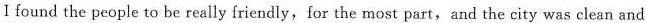
I found the people to be really friendly,for the most part,and the city was clean and